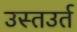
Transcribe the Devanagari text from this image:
उस्तउर्त